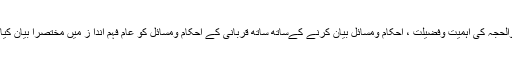
جس میں انہوں نے قرآن واحادیث کی روشنی میں عشرہ ذدوالحجہ کی اہمیت وفضیلت ، احکام ومسائل بیان کرنے کےساتھ ساتھ قربانی کے احکام ومسائل کو عام فہم اندا ز میں مختصرًا بیان کیا ہے اللہ اسے عوام الناس کے لیے نفع بخش بنائے (آمین) م۔